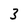
Character: 3